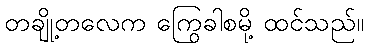
တချို့တလေက ကြွေခါစမို့ ထင်သည်။